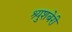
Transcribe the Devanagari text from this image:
श्र्युशबेरी